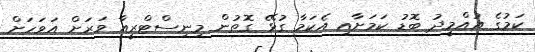
ކަމުގެ އުއްމީދު ބޮޑު ކަމަށާއި އެކަމާ ގުޅޭ ގޮތުން މިނިސްޓްރީއާ ވަރަށް އަވަހަށް